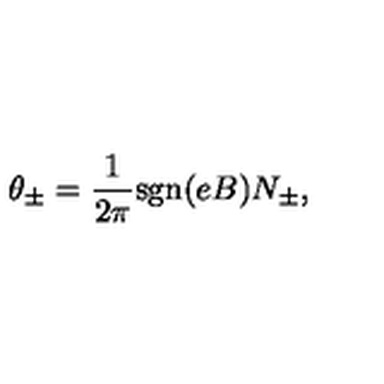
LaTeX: \theta _ { \pm } = \frac { 1 } { 2 \pi } \mathrm { s g n } ( e B ) N _ { \pm } ,